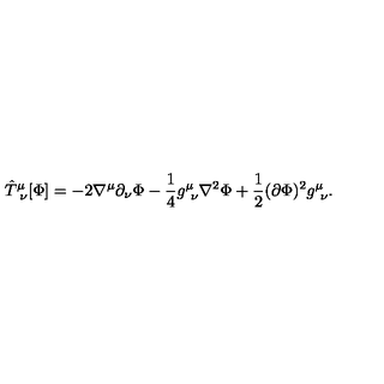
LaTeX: { \hat { T } } _ { \ \nu } ^ { \mu } [ \Phi ] = - 2 \nabla ^ { \mu } \partial _ { \nu } \Phi - { \frac { 1 } { 4 } } g _ { \ \nu } ^ { \mu } \nabla ^ { 2 } \Phi + { \frac { 1 } { 2 } } ( \partial \Phi ) ^ { 2 } g _ { \ \nu } ^ { \mu } .